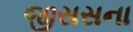
જીસસના